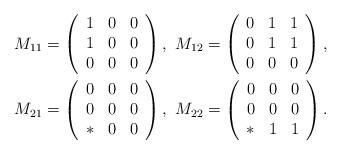
LaTeX: \begin{gather*}M_{11}=\left(\begin{array}{ccc}1&0&0\\ 1&0&0\\ 0&0&0\end{array}\right),\,\,M_{12}=\left(\begin{array}{ccc}0&1&1\\ 0&1&1\\ 0&0&0\end{array}\right),\\M_{21}=\left(\begin{array}{ccc}0&0&0\\ 0&0&0\\ *&0&0\end{array}\right),\,\,M_{22}=\left(\begin{array}{ccc}0&0&0\\ 0&0&0\\ *&1&1\end{array}\right).\end{gather*}